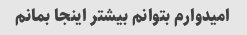
امیدوارم بتوانم بیشتر اینجا بمانم